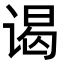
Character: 谒